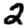
Digit: 2